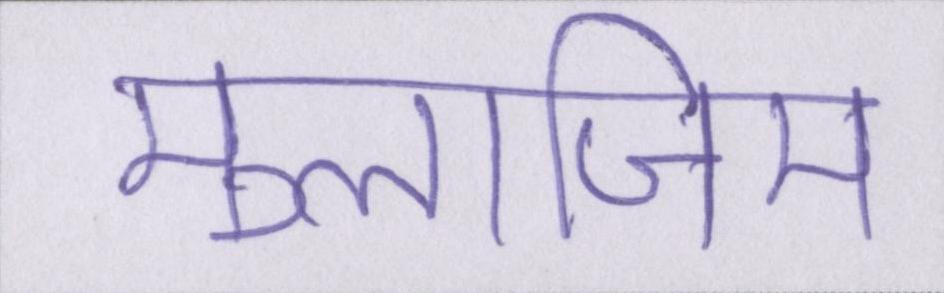
मुलाजिम